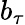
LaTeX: b_{\tau}